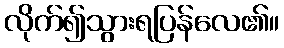
လိုက်၍သွားရပြန်လေ၏။